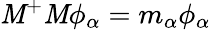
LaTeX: \mathit{M}^{+}\mathit{M}\phi_{\alpha}=m_{\alpha}\phi_{\alpha}